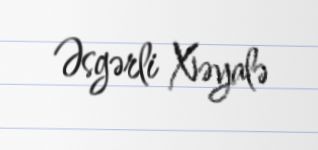
Əsgərli Xəyalə